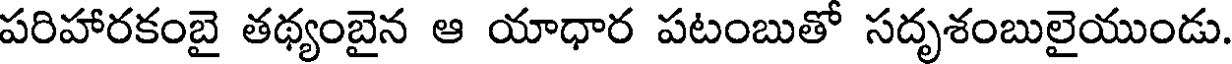
పరిహారకంబై తథ్యంబైన ఆ యాధార పటంబుతో సదృశంబులైయుండు.